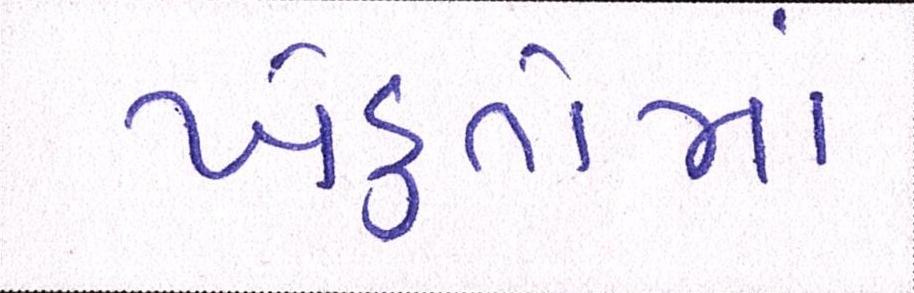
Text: ખેડુતોમાં